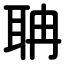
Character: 聃